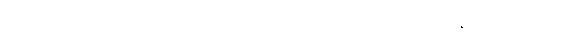
သည်လို အခါမျိုးတွင် ကိုကျီးညိုရင်ထဲကစကားတွေ ခင်နှောင်းကို ပြောဖို့